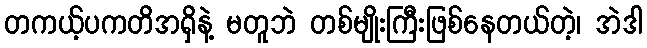
တကယ့်ပကတိအရှိနဲ့ မတူဘဲ တစ်မျိုးကြီးဖြစ်နေတယ်တဲ့၊ အဲဒါ